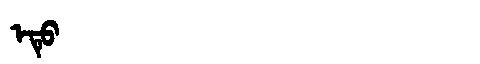
Manchu: ᡝᡨᡠ
Romanization: ETU